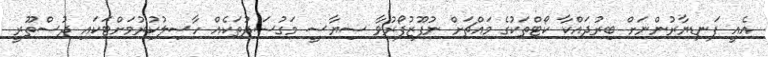
އެއީ ފަނޑިޔާރުންނަށް ބިރުދައްކާ ކޯޓްތަކުގެ މައްޗަށް ނުފޫޒުފޯރުވާ ސިޔާސީ މަގުސަދުތަކެއް ހާސިލުކުރުމަށްޓަކައި ދުސްތޫރީ